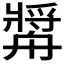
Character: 𱽁